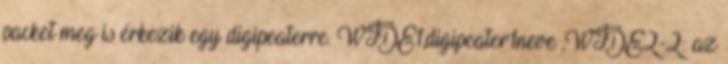
packet meg is érkezik egy digipeaterre. WIDE1,digipeater1neve ,WIDE2-2: az